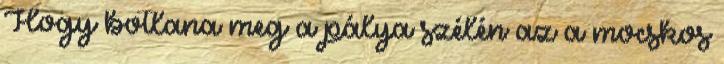
Hogy botlana meg a pálya szélén az a mocskos